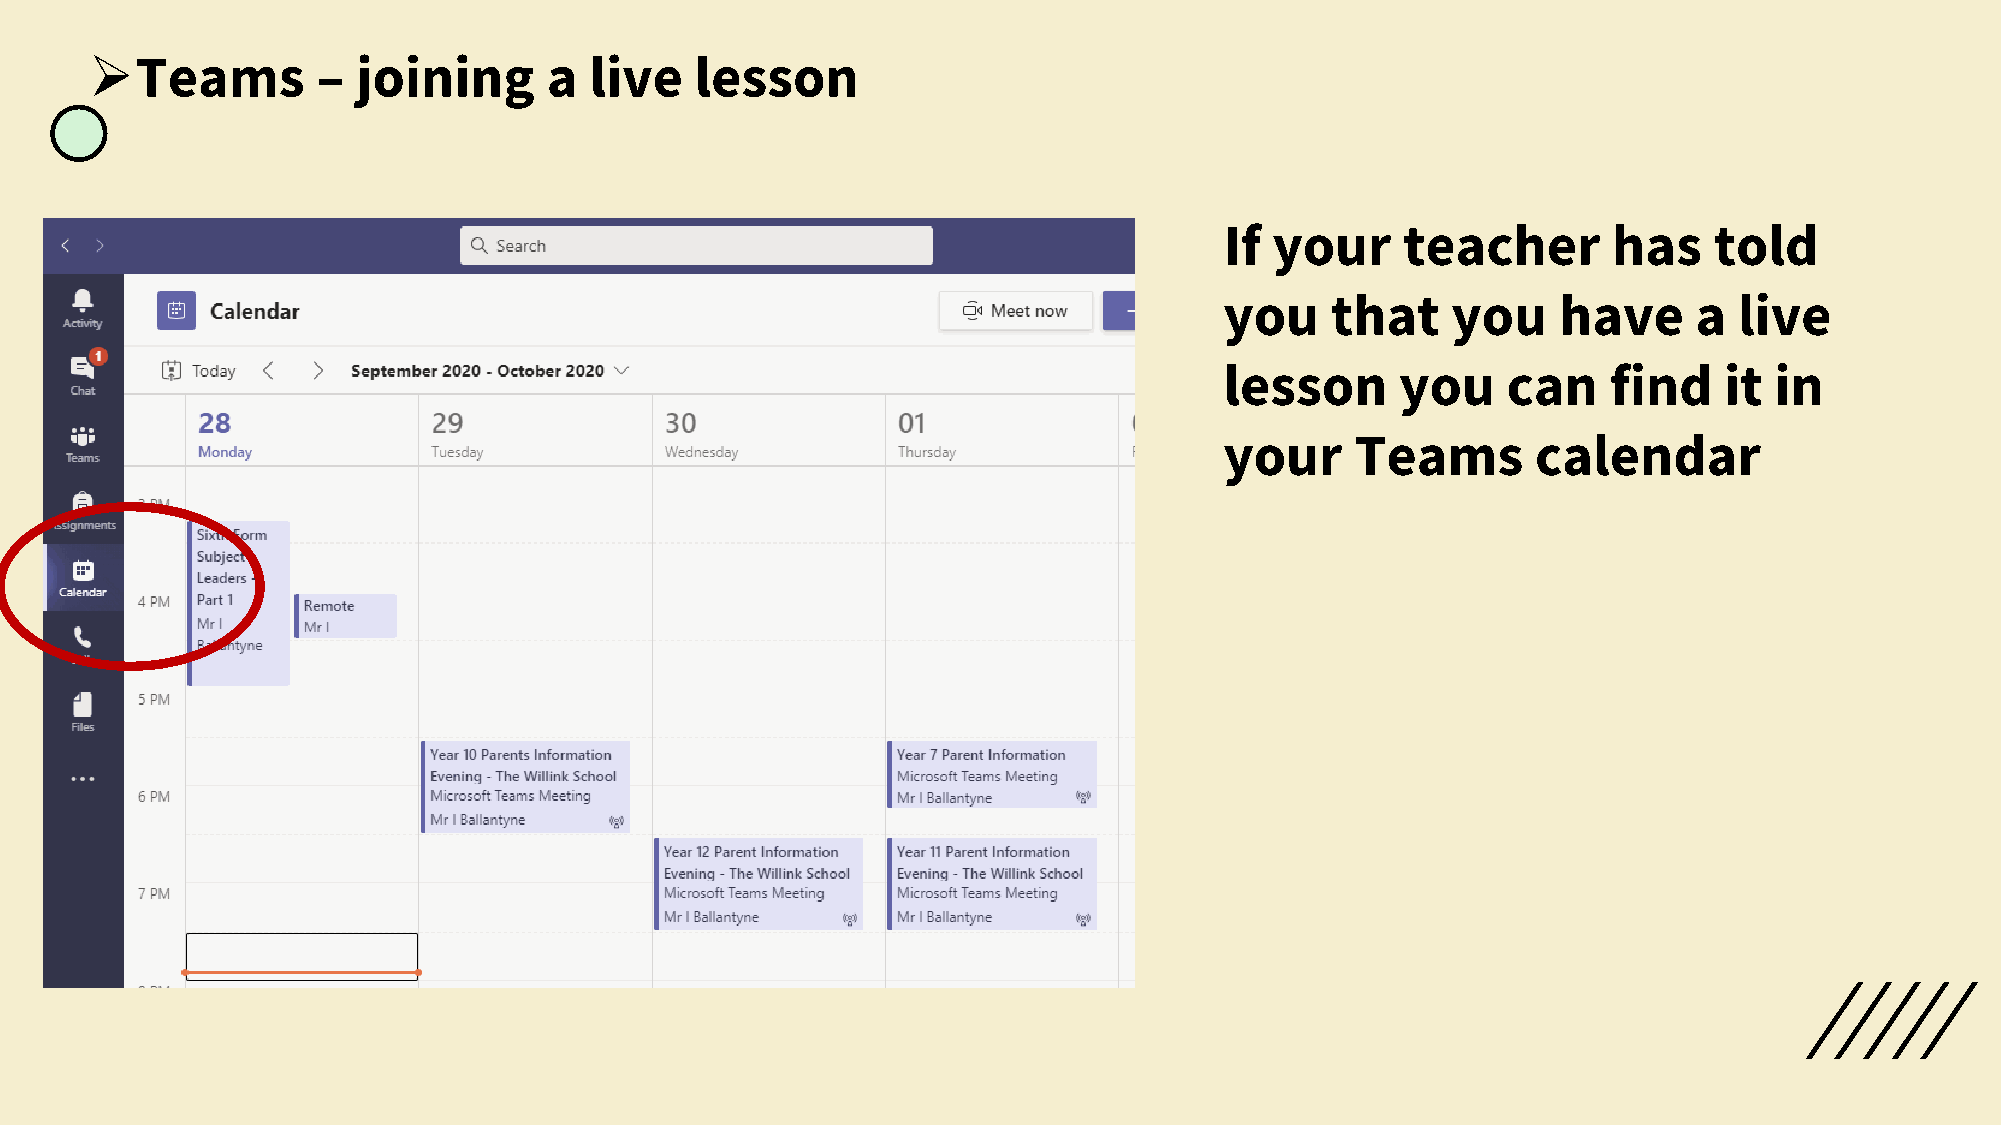
➢Teams         –  joining     a  live   lesson
 If your     teacher       has   told
 you    that    you    have     a  live
 lesson      you    can    find   it in
 your     Teams       calendar